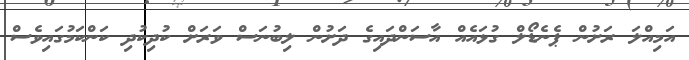
އަމިއްލަ ރަށުން ޕެނެޑޯލް ގުޅައެއް އާސަންދައިގެ ދަށުން ލިބުނަސް ވަރަށް ކުދިކުދި ކަންކަމުގައިވެސް